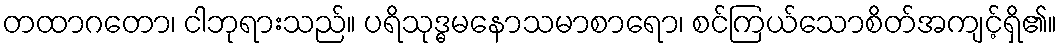
တထာဂတော၊ ငါဘုရားသည်။ ပရိသုဒ္ဓမနောသမာစာရော၊ စင်ကြယ်သောစိတ်အကျင့်ရှိ၏။